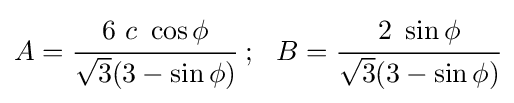
A={\cfrac {6~c~\cos \phi }{{\sqrt {3}}(3-\sin \phi )}}~;~~B={\cfrac {2~\sin \phi }{{\sqrt {3}}(3-\sin \phi )}}